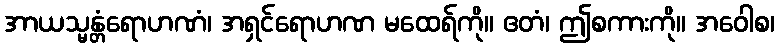
အာယသ္မန္တံရောဟဏံ၊ အရှင်ရောဟဏ မထေရ်ကို။ ဧတံ၊ ဤစကားကို။ အဝေါစ၊